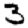
Digit: 3